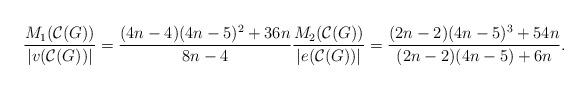
LaTeX: \begin{align*}\dfrac{M_{1}(\mathcal{C}(G))}{|v(\mathcal{C}(G))|}= \dfrac{(4n-4)(4n-5)^{2}+36n}{8n-4} \dfrac{ M_{2}(\mathcal{C}(G))}{|e(\mathcal{C}(G))|}= \dfrac{(2n-2)(4n-5)^{3}+54n}{(2n-2)(4n-5)+6n}. \end{align*}